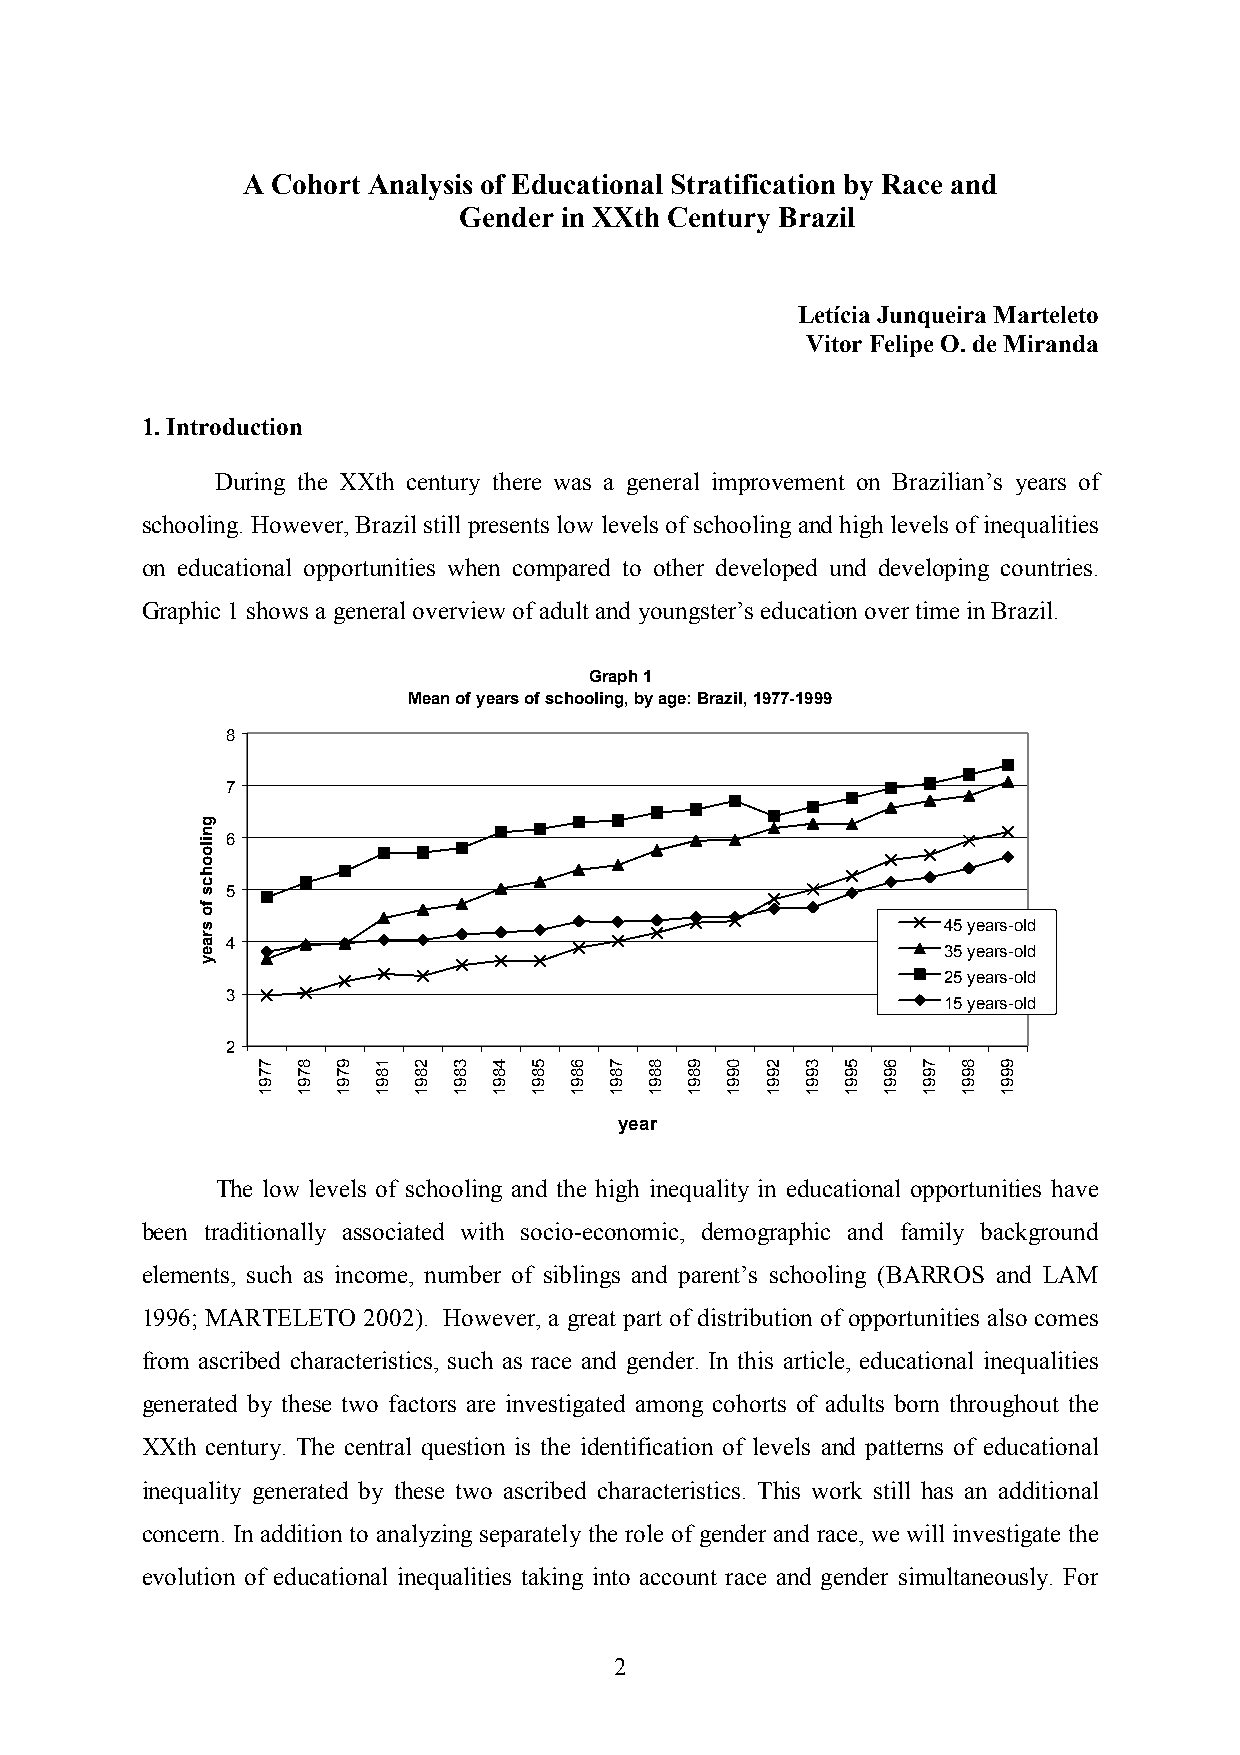
A Cohort Analysis of Educational Stratification by Race and
 Gender in XXth Century Brazil
 Letícia Junqueira Marteleto
 Vitor Felipe O. de Miranda
 1. Introduction
 During the XXth century there was a general improvement on Brazilian’s years of
 schooling. However, Brazil still presents low levels of schooling and high levels of inequalities
 on educational opportunities when compared to other developed und developing countries.
 Graphic 1 shows a general overview of adult and youngster’s education over time in Brazil.
 Graph 1
 Mean of years of schooling, by age: Brazil, 1977-1999
 8
 7
 6
 5
 45 years-old
 4
 35 years-old
 25 years-old
 3
 15 years-old
 2
 year
 The low levels of schooling and the high inequality in educational opportunities ha ve
 been traditionally associated with socio-economic, demographic and family background
 elements, such as income, number of siblings and parent’s schooling (BARROS and LAM
 1996; MARTELETO 2002). However, a great part of distribution of opportunities also comes
 from ascribed characteristics, such as race and gender. In this article, educational inequalities
 generated by these two factors are investigated among cohorts of adults born throughout the
 XXth century. The central question is the identification of levels and patterns of educational
 inequality generated by these two ascribed characteristics. This work still has an additional
 concern. In addition to analyzing separately the role of gender and race, we will investigate the
 evolution of educational inequalities taking into account race and gender simultaneously. For
 2
 gniloohcs
 fo
 sraey
 7791 8791 9791 1891 2891 3891 4891 5891 6891 7891 8891 9891 0991 2991 3991 5991 6991 7991 8991 9991